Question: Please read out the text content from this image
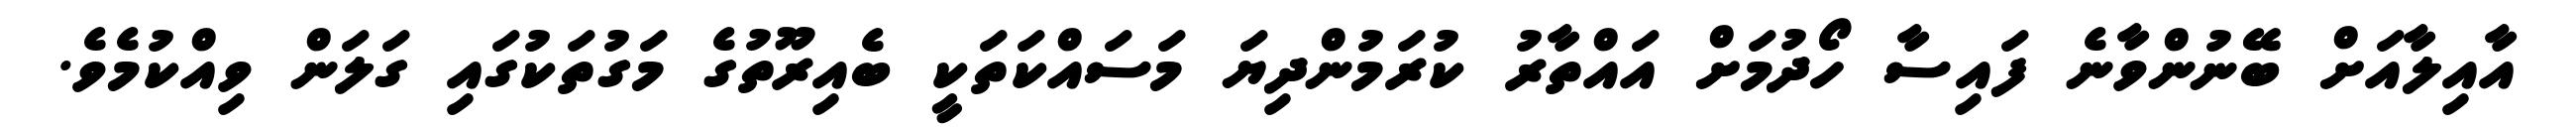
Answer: އާއިލާއަށް ބޭނުންވާނެ ފައިސާ ހޯދުމަށް އައްތާރު ކުރަމުންދިޔަ މަސައްކަތަކީ ބެއިރޫތުގެ މަގުތަކުގައި ގަލަން ވިއްކުމެވެ.